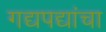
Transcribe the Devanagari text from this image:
गद्यपद्यांचा